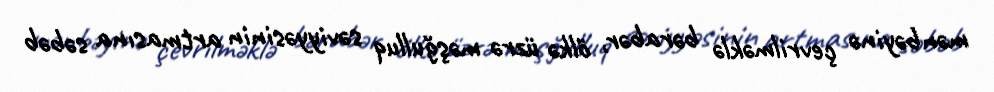
mənbəyinə çevrilməklə bərabər, ölkə üzrə məşğulluq səviyyəsinin artmasına səbəb